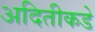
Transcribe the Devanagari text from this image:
अदितीकडे